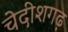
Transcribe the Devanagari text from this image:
चेदीशगढ़